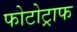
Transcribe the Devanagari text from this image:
फोटोट्राफ